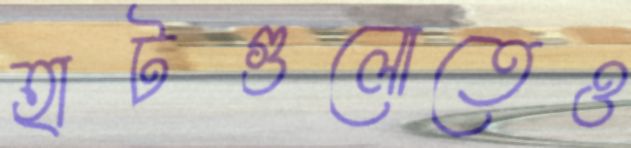
হাটগুলোতেও